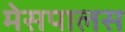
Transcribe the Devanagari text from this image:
मेसपालस